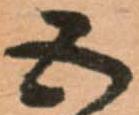
五